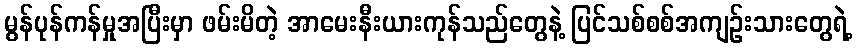
မွန်ပုန်ကန်မှုအပြီးမှာ ဖမ်းမိတဲ့ အာမေးနီးယားကုန်သည်တွေနဲ့ ပြင်သစ်စစ်အကျဉ်းသားတွေရဲ့